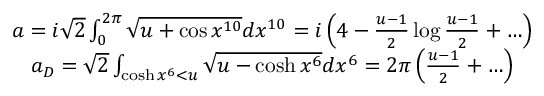
\begin{array} { c } { { a = { i \sqrt { 2 } } \int _ { 0 } ^ { 2 \pi } \sqrt { u + \cos x ^ { 1 0 } } d x ^ { 1 0 } = i \left( 4 - { \frac { u - 1 } { 2 } } \log { \frac { u - 1 } { 2 } } + \ldots \right) } } \\ { { a _ { D } = \sqrt { 2 } \int _ { \cosh x ^ { 6 } < u } \sqrt { u - \cosh x ^ { 6 } } d x ^ { 6 } = 2 \pi \left( { \frac { u - 1 } { 2 } } + \ldots \right) } } \end{array}